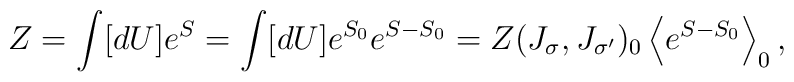
Z=\int[dU]e^{S}=\int[dU]e^{S_0}e^{S-S_0}=Z(J_\sigma, J_{\sigma'})_0\left\langle e^{S-S_0} \right\rangle_0,